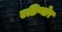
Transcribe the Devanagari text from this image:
एडिप्योर